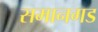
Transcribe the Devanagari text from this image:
समानगड